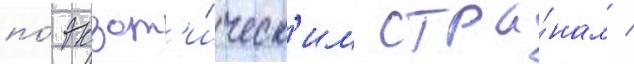
по́ экзот'и́ческ'им стра́нам /